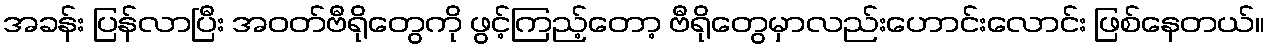
အခန်း ပြန်လာပြီး အဝတ်ဗီရိုတွေကို ဖွင့်ကြည့်တော့ ဗီရိုတွေမှာလည်းဟောင်းလောင်း ဖြစ်နေတယ်။